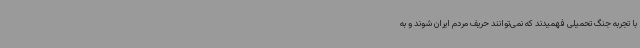
با تجربه جنگ تحمیلی فهمیدند که نمی‌توانند حریف مردم ایران شوند و به